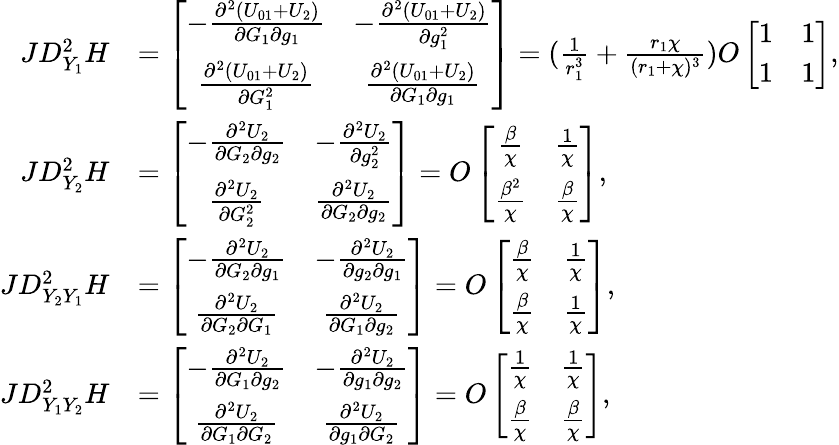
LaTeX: \begin{array}{rl}{JD_{Y_{1}}^{2}H}&{=\left[\begin{array}{cc}{-\frac{\partial^{2}(U_{01}+U_{2})}{\partial G_{1}\partial g_{1}}}&{-\frac{\partial^{2}(U_{01}+U_{2})}{\partial g_{1}^{2}}}\\ {\frac{\partial^{2}(U_{01}+U_{2})}{\partial G_{1}^{2}}}&{\frac{\partial^{2}(U_{01}+U_{2})}{\partial G_{1}\partial g_{1}}}\end{array}\right]=(\frac{1}{r_{1}^{3}}+\frac{r_{1}\chi}{(r_{1}+\chi)^{3}})O\left[\begin{array}{cc}{1}&{1}\\ {1}&{1}\end{array}\right],}\\ {JD_{Y_{2}}^{2}H}&{=\left[\begin{array}{cc}{-\frac{\partial^{2}U_{2}}{\partial G_{2}\partial g_{2}}}&{-\frac{\partial^{2}U_{2}}{\partial g_{2}^{2}}}\\ {\frac{\partial^{2}U_{2}}{\partial G_{2}^{2}}}&{\frac{\partial^{2}U_{2}}{\partial G_{2}\partial g_{2}}}\end{array}\right]=O\left[\begin{array}{cc}{\frac{\beta}{\chi}}&{\frac{1}{\chi}}\\ {\frac{\beta^{2}}{\chi}}&{\frac{\beta}{\chi}}\end{array}\right],}\\ {JD_{Y_{2}Y_{1}}^{2}H}&{=\left[\begin{array}{cc}{-\frac{\partial^{2}U_{2}}{\partial G_{2}\partial g_{1}}}&{-\frac{\partial^{2}U_{2}}{\partial g_{2}\partial g_{1}}}\\ {\frac{\partial^{2}U_{2}}{\partial G_{2}\partial G_{1}}}&{\frac{\partial^{2}U_{2}}{\partial G_{1}\partial g_{2}}}\end{array}\right]=O\left[\begin{array}{cc}{\frac{\beta}{\chi}}&{\frac{1}{\chi}}\\ {\frac{\beta}{\chi}}&{\frac{1}{\chi}}\end{array}\right],\quad}\\ {JD_{Y_{1}Y_{2}}^{2}H}&{=\left[\begin{array}{cc}{-\frac{\partial^{2}U_{2}}{\partial G_{1}\partial g_{2}}}&{-\frac{\partial^{2}U_{2}}{\partial g_{1}\partial g_{2}}}\\ {\frac{\partial^{2}U_{2}}{\partial G_{1}\partial G_{2}}}&{\frac{\partial^{2}U_{2}}{\partial g_{1}\partial G_{2}}}\end{array}\right]=O\left[\begin{array}{cc}{\frac{1}{\chi}}&{\frac{1}{\chi}}\\ {\frac{\beta}{\chi}}&{\frac{\beta}{\chi}}\end{array}\right],}\end{array}